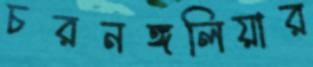
চরনঙ্গলিয়ার